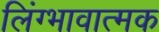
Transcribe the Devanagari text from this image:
लिंग्भावात्मक